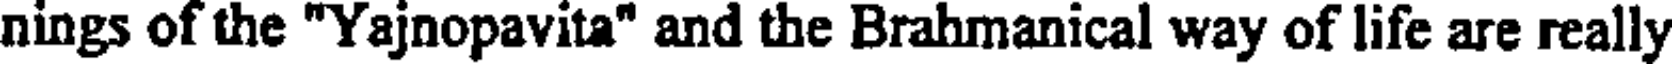
nings of the "Yajnopavita" and the Brahmanical way of life are really